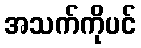
အသက်ကိုပင်